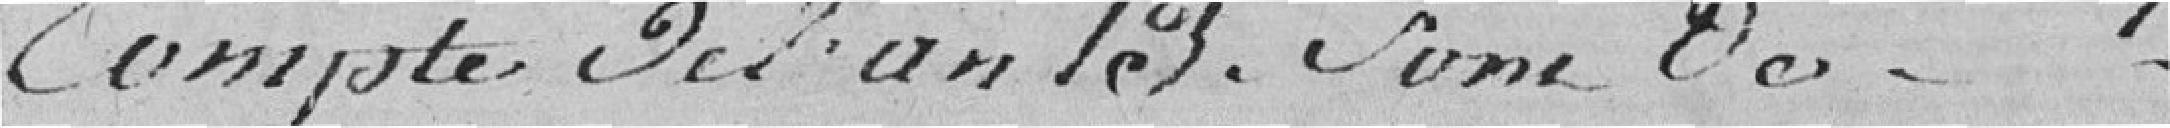
compte de l'an 13. Som de